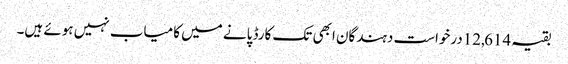
بقیہ 12,614درخواست دہندگان ابھی تک کارڈ پانے میں کامیاب نہیں ہوئے ہیں۔